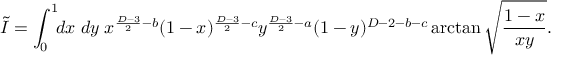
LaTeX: \tilde { I } = \int _ { 0 } ^ { 1 } \! \! d x \; d y \; x ^ { \frac { D - 3 } { 2 } - b } ( 1 - x ) ^ { \frac { D - 3 } { 2 } - c } y ^ { \frac { D - 3 } { 2 } - a } ( 1 - y ) ^ { D - 2 - b - c } \arctan \sqrt { \frac { 1 - x } { x y } } .